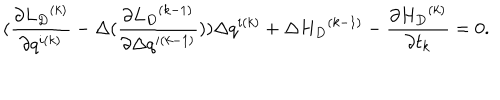
( \frac { \partial { { L } _ { D } } ^ { ( k ) } } { \partial q ^ { i ( k ) } } - \Delta ( \frac { \partial { { L } _ { D } } ^ { ( k - 1 ) } } { \partial \Delta q ^ { i ( k - 1 ) } } ) ) \Delta q ^ { i ( k ) } + \Delta { { H } _ { D } } ^ { ( k - 1 ) } - \frac { \partial { H _ { D } } ^ { ( k ) } } { \partial t _ { k } } = 0 .